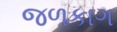
જળકાગ